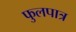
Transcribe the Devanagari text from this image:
फुलपात्र